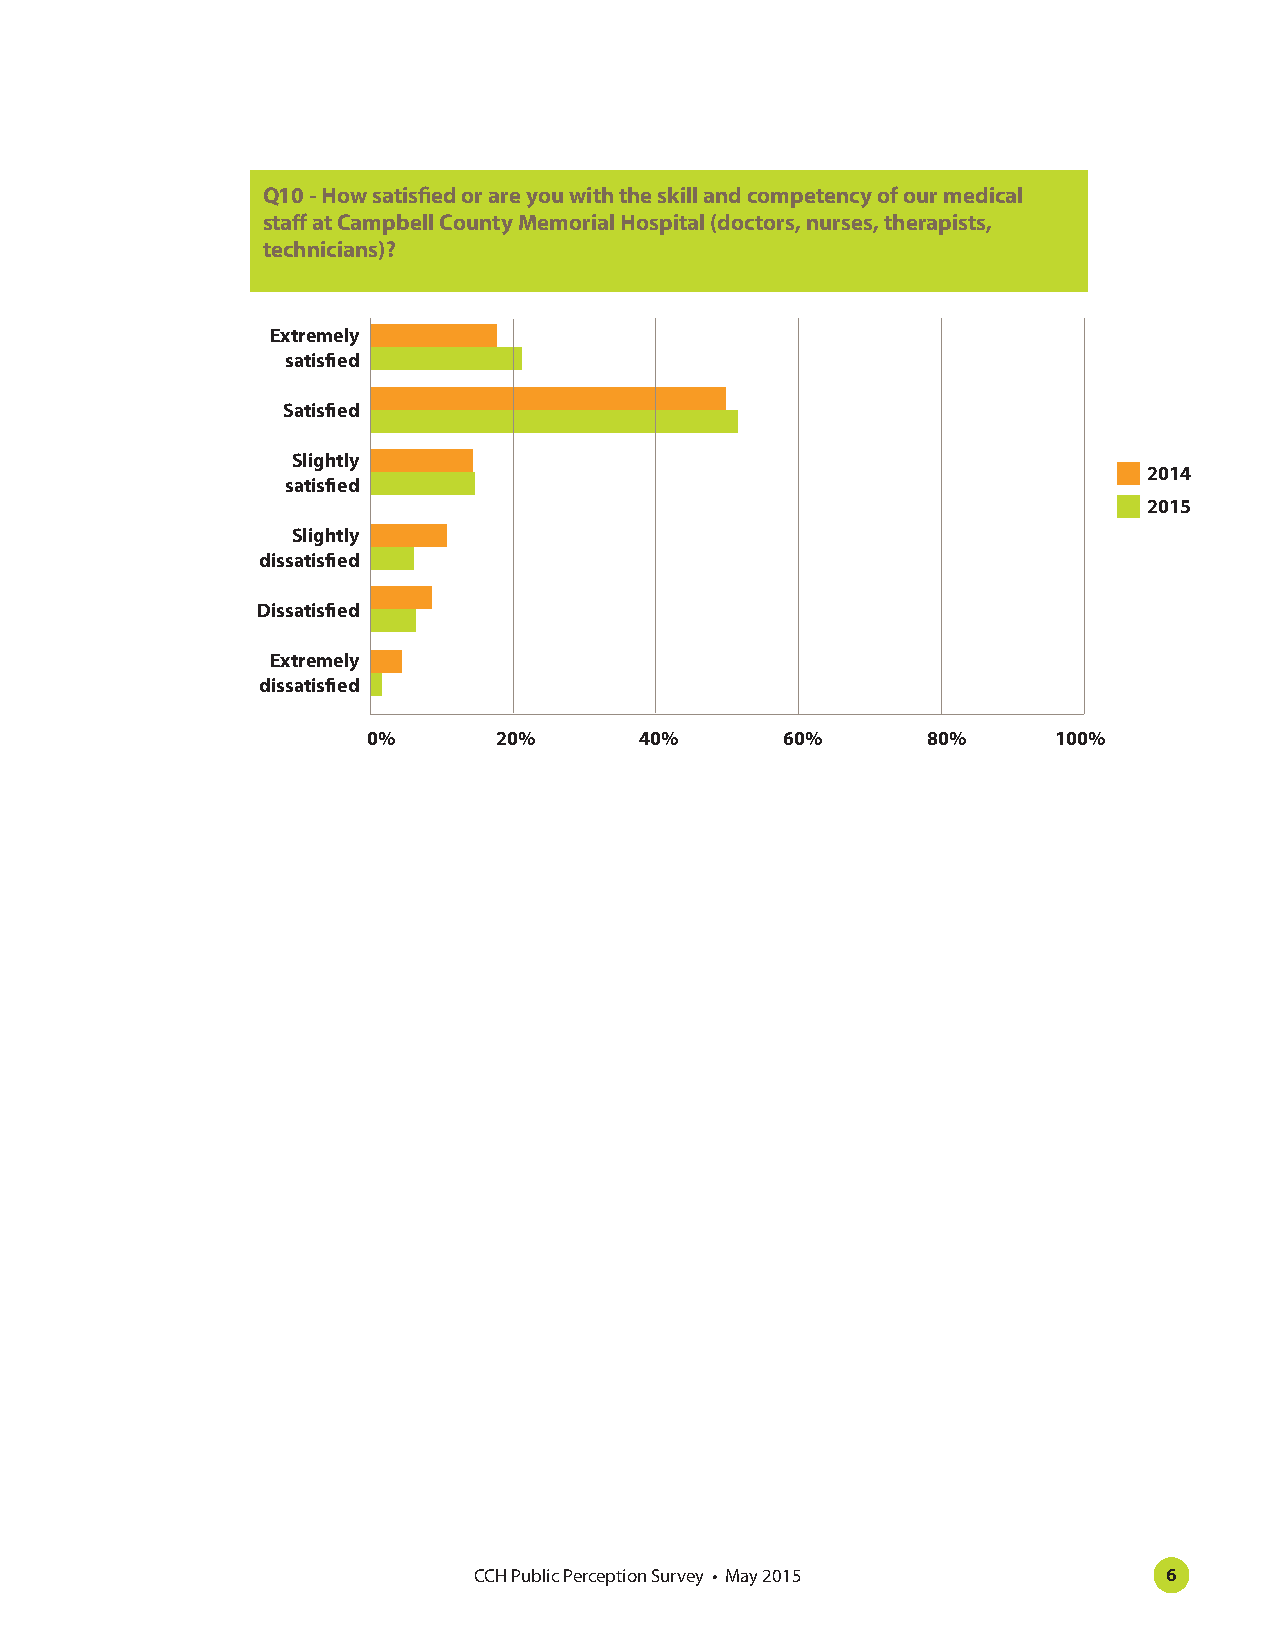
Q10 - How satisfied or are you with the skill and competency of our medical
 staff at Campbell County Memorial Hospital (doctors, nurses, therapists,
 technicians)?
 Extremely
 satisfied
 Satisfied
 Slightly
 2014
 satisfied
 2015
 Slightly
 dissatisfied
 Dissatisfied
 Extremely
 dissatisfied
 0%       20%      40%       60%      80%      100%
 CCH Public Perception Survey • May 2015       6